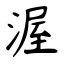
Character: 渥